Scottish Leaving Certificate Examination, 1957
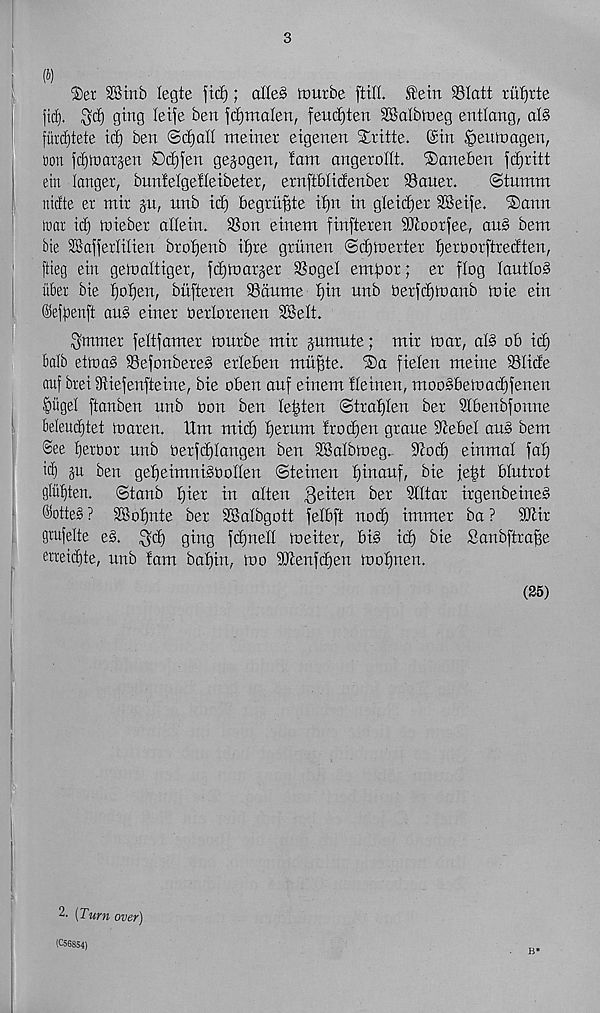
I
I
®er SSinb legte fief); alle§ itturbe [till ®etn SSlatt rii^rte
jtd). ^ct) ging leife ben fdjmalen, fendjten SSalbtneg entlang, al§
fiirdltete t(| ben ©djall metner eigenen Xritte. (Sin ^eumagen,
bon fdjmarsen Ddjfen gejogen, !am angerollt. iSaneben fdirttt
etn langer, bunfelgefleibeter, ernftbiicfenber Sauer.
©tumm
niefte er mir §u, unb id) begrii^te iijn in gleidjer SSeije. ®ann
war ic^ mieber aliein. Son einem finfteren Sioorfee, au§ bent
bte SKafferlilien btoljenb iijre gritnen ©djmerter ijerborftredten,
[tieg ein geinaltiger, fdjtoarger Sogel empor; er flog lautloS
iiber bie ^of)en, btifieren Sannte Ifin unb oerfdjntanb n>ie ein
©efpenft au§ einer oerlorenen 2Selt.
Smmer feltfanter inurbe ntir jumute; ntir mar, al§ ob id)
balb etroaS Sefonbere§ erleben muffte. ®a fielen meine Slide
auf brei Siefenfteine, bie oben auf einent ileinen, moo§bemad)fenen
pgel ftanben unb bon ben lenten ©traf)Ien ber Sibenbfonne
beleudjtet maren. Um mid) f)erum frozen graue 9febel au§ bem
See bjerbor unb berfdjlangen ben SBalbmeg. S^ot^ einmal fab)
it^ §u ben gejjeimnigbollen ©teinen bjinauf, bie je^t blutrot
gluten,
©tanb £)ier in alien 8eiten ber Siltar irgenbeine§
©otteS ? SBoijnte ber 3®aIbgott felbft nod) immer ba ? 2Kir
grufelte e§. ^d) ging fd)nell toe iter, bi^ it^ bie Sanbftrajfe
erreidite, unb !am baf)in, mo Sienfd)en mofjnen.
(25)